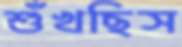
শুঁখছিস